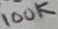
Text: 100K